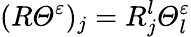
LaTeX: (R\varTheta^{\varepsilon})_{j}=R_{j}^{l}\varTheta_{l}^{\varepsilon}